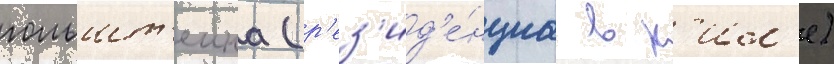
гольшт'еина (р'ез'ид'е́нциа в к'ил'е)